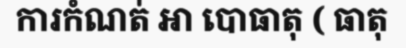
ការកំណត់ ឤ បោធាតុ ( ធាតុ